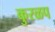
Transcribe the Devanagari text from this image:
कुरळप